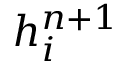
h _ { i } ^ { n + 1 }